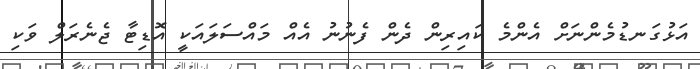
އަޅުގަނޑުމެންނަށް އެންމެ ކައިރިން ދެން ފެނުނު އެއް މައްސަލައަކީ އޮޑިޓާ ޖެނެރަލް ވަކި